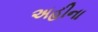
અહીના